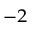
^ { - 2 }